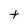
Character: t